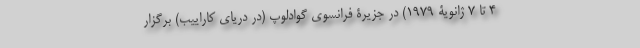
4 تا 7 ژانویۀ 1979) در جزیرۀ فرانسوی گوادلوپ (در دریای کاراییب) برگزار